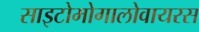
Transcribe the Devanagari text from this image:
साइटोमोगालोवायरस